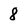
Character: 8